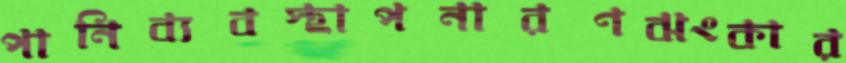
পানিব্যবস্থাপনারণঝংকার